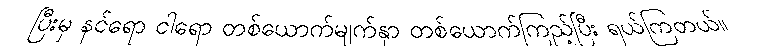
ပြီးမှ နင်ရော ငါရော တစ်ယောက်မျက်နှာ တစ်ယောက်ကြည့်ပြီး ရယ်ကြတယ်။